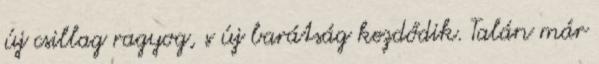
új csillag ragyog, s új barátság kezdődik. Talán már